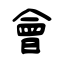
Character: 會